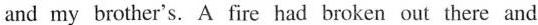
and my brothe?'s. A fire had broken out there and